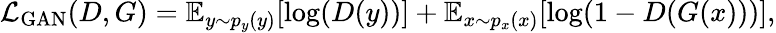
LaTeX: \mathcal{L}_{\mathrm{GAN}}(D,G)=\mathbb{E}_{y\sim p_{y}(y)}[\log(D(y))]+\mathbb{E}_{x\sim p_{x}(x)}[\log(1-D(G(x)))],